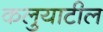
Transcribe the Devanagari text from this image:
कलुयाटील